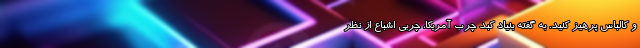
و کالباس پرهیز کنید. به گفته بنیاد کبد چرب آمریکا، چربی اشباع از نظر